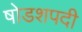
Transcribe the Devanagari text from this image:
षोडशपदी